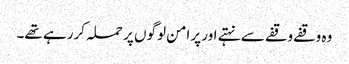
وہ وقفے وقفے سے نہتے اور پرامن لوگوں پر حملہ کررہے تھے۔